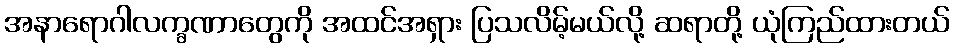
အနာရောဂါလက္ခဏာတွေကို အထင်အရှား ပြသလိမ့်မယ်လို့ ဆရာတို့ ယုံကြည်ထားတယ်